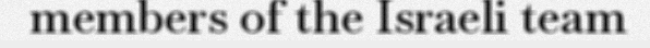
members of the Israeli team